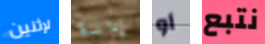
لإثنين إدانة أو نتبع